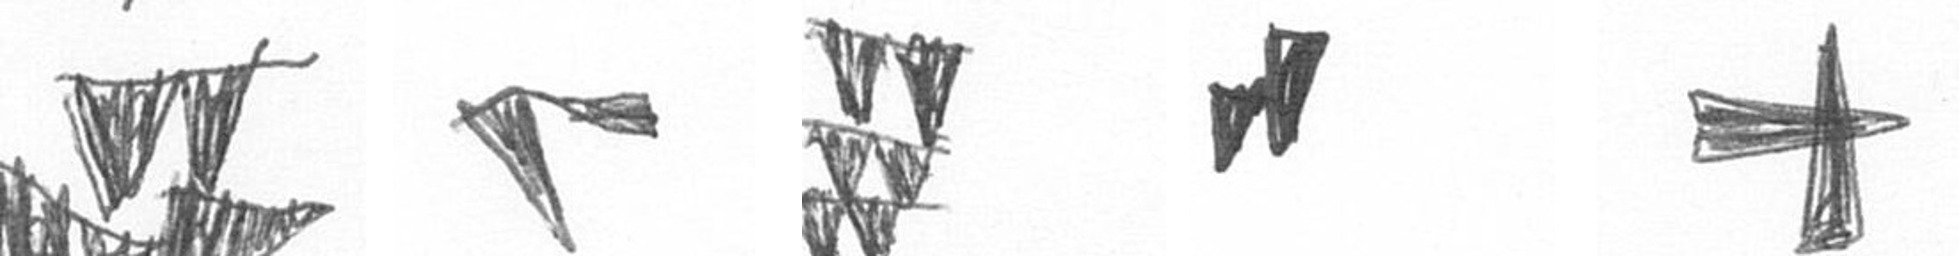
B F Y M G